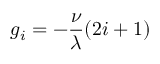
g _ { i } = - \frac { \nu } { \lambda } ( 2 i + 1 )